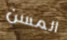
المسن